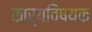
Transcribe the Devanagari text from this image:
कार्यविषयक